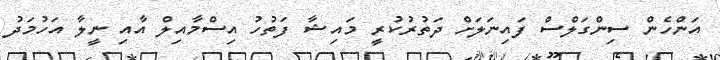
އަންހެން ސިންގަލްސް ފައިނަލަށް ދަތުރުކުރީ މައިޝާ ފަތުހު އިސްމާއިލް އާއި ނީލާ އަހުމަދު